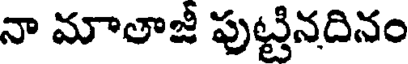
నా మాతాజీ పుట్టినదినం